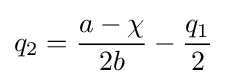
q_{2}={\frac {a-\chi }{2b}}-{\dfrac {q_{1}}{2}}